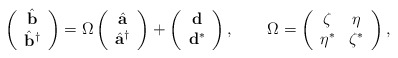
\begin{align*}\left(\begin{array}{c}\hat {{\bf b}}\\\hat {{\bf b}}^{\dagger}\end{array}\right)=\Omega\left(\begin{array}{c}\hat {{\bf a}}\\\hat {{\bf a}}^{\dagger}\end{array}\right)+\left(\begin{array}{c}{\bf d}\\{\bf d}^{*}\end{array}\right),\qquad\Omega =\left(\begin{array}{cc}\zeta&\eta\\\eta^{*}&\zeta^{*}\end{array}\right),\end{align*}